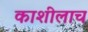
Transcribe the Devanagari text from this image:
काशीलाच